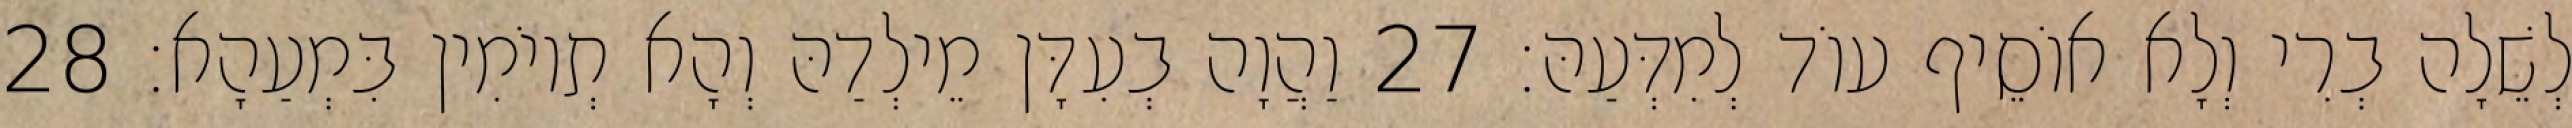
לְשֵׁלָה בְרִי וְלָא אוֹסֵיף עוֹד לְמִדְּעַהּ׃ 27 וַהֲוָה בְעִדָּן מֵילְדַהּ וְהָא תְיוֹמִין בִּמְעַהָא׃ 28